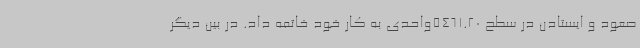
صعود و ایستادن در سطح 5461.20واحدی به کار خود خاتمه داد. در بین دیگر